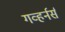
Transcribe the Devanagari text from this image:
गव्हर्नर्स